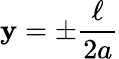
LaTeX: \mathbf{y}=\pm\frac{{\ell}}{{2a}}